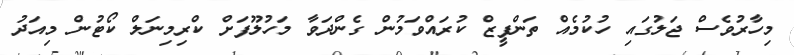
މިހާރުވެސް ޖަލުގައި ހުކުމެއް ތަންފީޒް ކުރައްވަމުން ގެންދަވާ މަހުލޫފަށް ކްރިމިނަލް ކޯޓުން މިއަދު